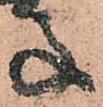
子